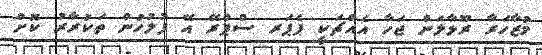
މުޒާހަރާ ރޫޅާލަން ޖަހާ އެއްޗަކީ ޕެޕަރ ސްޕްރޭ އޭ ފުލުހުން ތަކުރާރު ކޮށް